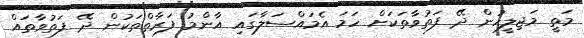
މަތީ މަޖިލީހުން ދޭ ފަތުވާތަކަށް ހަމަ އެމައްސަލާގައި އާންމު ފަރާތްތަކުން ދޭ ފަތުވާތައް